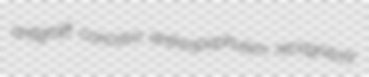
antigraft concavo anthropophuism recognitory